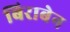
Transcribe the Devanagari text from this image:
बिराबेन